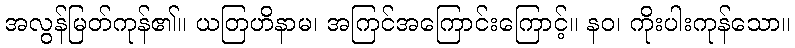
အလွန်မြတ်ကုန်၏။ ယတြဟိနာမ၊ အကြင်အကြောင်းကြောင့်။ နဝ၊ ကိုးပါးကုန်သော။